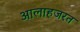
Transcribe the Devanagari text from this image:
आलाहजरत